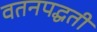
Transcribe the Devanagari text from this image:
वतनपद्धती